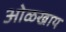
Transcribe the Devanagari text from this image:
ओळखाय